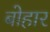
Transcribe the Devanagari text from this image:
बोहार